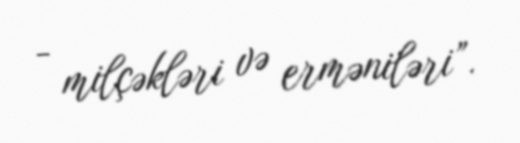
- milçəkləri və erməniləri”.